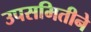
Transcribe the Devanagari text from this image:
उपसमितीने